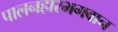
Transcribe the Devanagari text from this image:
पालनहारभगवान